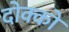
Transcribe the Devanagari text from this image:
दोक्को